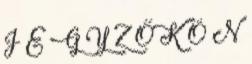
J E G Y Z Ő K Ö N